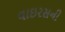
વાઇરસની